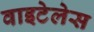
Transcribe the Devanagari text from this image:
वाइटेलेस